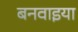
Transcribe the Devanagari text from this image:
बनवाइया